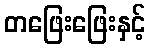
တဖြေးဖြေးနှင့်